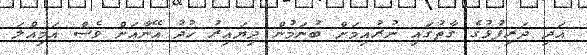
އަދި ދަރިފުޅުގެ ގާތުގައި ނުރުއިމަށް ބުނަމުން ދިޔައިރު ޚުދު އޭނާއަށް ވެސް އަމިއްލަ